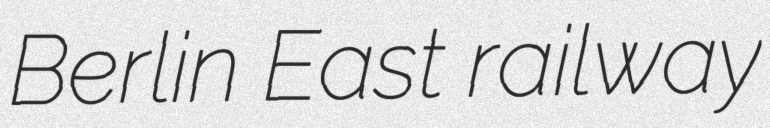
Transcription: Berlin East railway